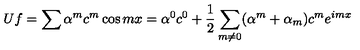
U f = \sum \alpha ^ { m } c ^ { m } \cos m x = \alpha ^ { 0 } c ^ { 0 } + \frac { 1 } { 2 } \sum _ { m \neq 0 } ( \alpha ^ { m } + \alpha _ { m } ) c ^ { m } e ^ { i m x }